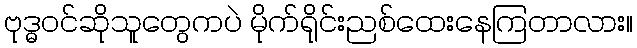
ဗုဒ္ဓဝင်ဆိုသူတွေကပဲ မိုက်ရိုင်းညစ်ထေးနေကြတာလား။